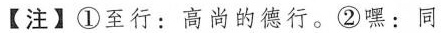
【注】①至行：高尚的德行。②嘿：同